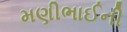
મણીભાઈની